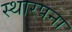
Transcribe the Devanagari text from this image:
स्थारपना